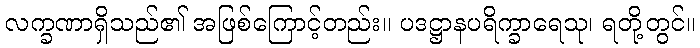
လက္ခဏာရှိသည်၏ အဖြစ်ကြောင့်တည်း။ ပဒဋ္ဌာနပရိက္ခာရေသု၊ ရတို့တွင်။